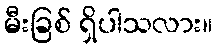
မီးခြစ် ရှိပါသလား။